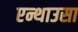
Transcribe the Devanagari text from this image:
एन्थाउसा